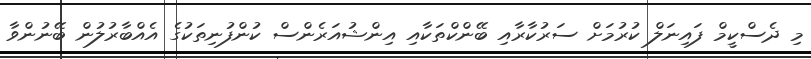
މި ދެސްކީމް ފައިނަލް ކުރުމަށް ސަރުކާރާއި ބޭންކްތަކާއި އިންޝުއަރެންސް ކުންފުނިތަކުގެ އެއްބާރުލުން ބޭނުންވާ